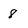
Character: 8